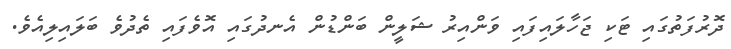
ދޮރުފަތުގައި ޓަކި ޖަހާލައިފައި ވަންއިރު ޝަލީން ބަންޑުން އެނދުގައި އޮވެފައި ތެދުވެ ބަލައިލިއެވެ.